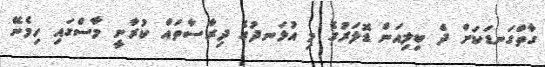
ގާތްގަނޑަކަށް ދެ ބިލިއަން ޑޮލަރުގެ މި އުޅަނދުގެ ދިރާސާތައް ކުރާނީ މާސްގައި ހިމެނޭ